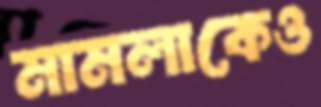
মামলাকেও